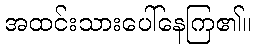
အထင်းသားပေါ်နေကြ၏။